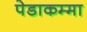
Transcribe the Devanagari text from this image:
पेडाकम्मा